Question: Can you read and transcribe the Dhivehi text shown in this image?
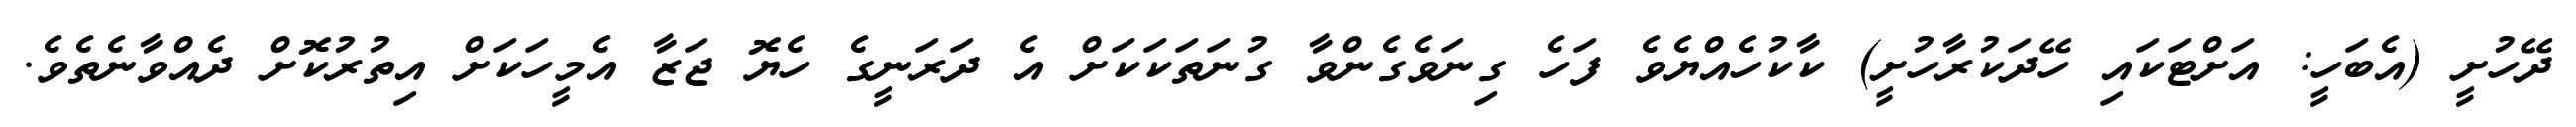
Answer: ދޭހުށީ (އެބަހީ: އަށްޓަކައި ހޭދަކުރާހުށީ) ކާކުހެއްޔެވެ ފަހެ ގިނަވެގެންވާ ގުނަތަކަކަށް އެ ދަރަނީގެ ހެޔޮ ޖަޒާ އެމީހަކަށް އިތުރުކޮށް ދެއްވާނެތެވެ.